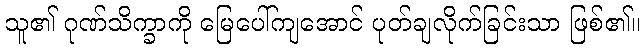
သူ၏ ဂုဏ်သိက္ခာကို မြေပေါ်ကျအောင် ပုတ်ချလိုက်ခြင်းသာ ဖြစ်၏။